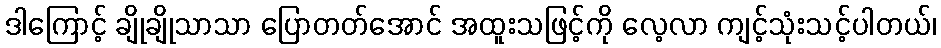
ဒါကြောင့် ချိုချိုသာသာ ပြောတတ်အောင် အထူးသဖြင့်ကို လေ့လာ ကျင့်သုံးသင့်ပါတယ်၊